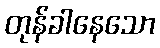
တုန်ခါနေသော